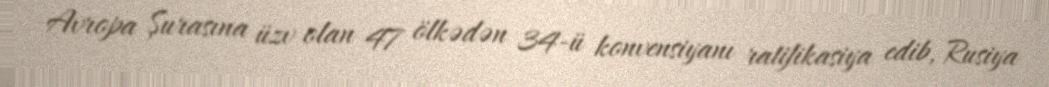
Avropa Şurasına üzv olan 47 ölkədən 34-ü konvensiyanı ratifikasiya edib, Rusiya